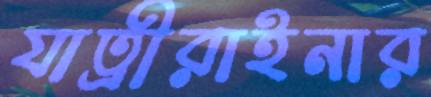
যাত্রীরাইনার